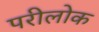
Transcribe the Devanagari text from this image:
परीलोक